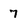
Character: 7